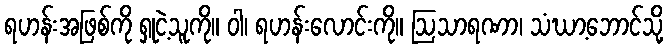
ရဟန်းအဖြစ်ကို ရှုငဲ့သူကို။ ဝါ၊ ရဟန်းလောင်းကို။ ဩသာရဏာ၊ သံဃာ့ဘောင်သို့